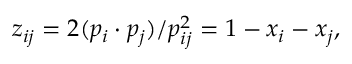
z _ { i j } = 2 ( p _ { i } \cdot p _ { j } ) / p _ { i j } ^ { 2 } = 1 - x _ { i } - x _ { j } ,